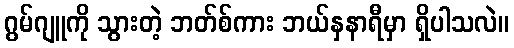
ဂွမ်ဂျူကို သွားတဲ့ ဘတ်စ်ကား ဘယ်နှနာရီမှာ ရှိပါသလဲ။